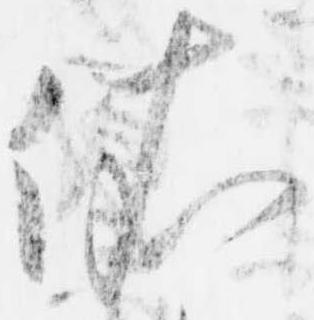
依